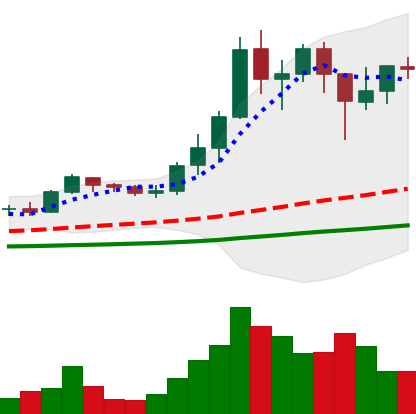
Ticker: ADA-USD
Chart end date: 2021-01-14
Forward return: 18.924%
Label: up_7plus